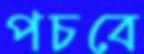
পচবে